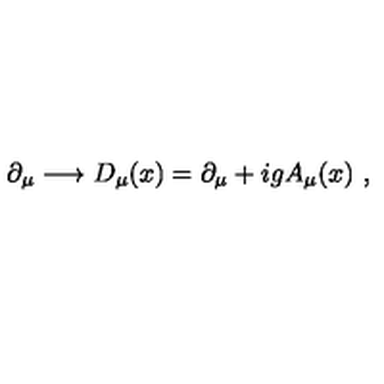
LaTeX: \partial _ { \mu } \longrightarrow D _ { \mu } ( x ) = \partial _ { \mu } + i g A _ { \mu } ( x ) \ ,